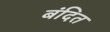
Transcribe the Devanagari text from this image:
बंदित